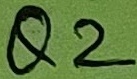
Text: Q2